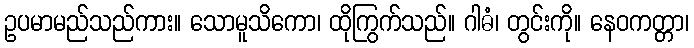
ဥပမာမည်သည်ကား။ သောမူသိကော၊ ထိုကြွက်သည်။ ဂါဓံ၊ တွင်းကို။ နေဝကတ္တာ၊